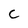
Character: C